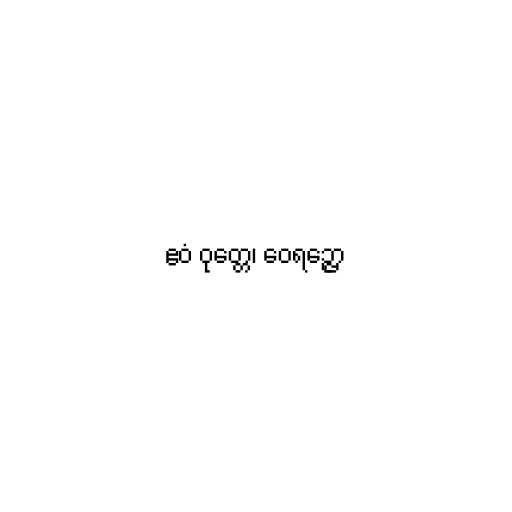
ဧဝံ ဝုတ္တေ၊ ဝေရဉ္ဇော